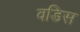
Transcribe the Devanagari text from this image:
वडिस